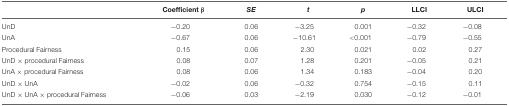
<table><thead><tr><td></td><td><b>Coefficient β</b></td><td><b><i>SE</i></b></td><td><b><i>t</i></b></td><td><b><i>p</i></b></td><td><b>LLCI</b></td><td><b>ULCI</b></td></tr></thead><tbody><tr><td>UnD</td><td>-0.20</td><td>0.06</td><td>-3.25</td><td>0.001</td><td>-0.32</td><td>-0.08</td></tr><tr><td>UnA</td><td>-0.67</td><td>0.06</td><td>-10.61</td><td>&lt;0.001</td><td>-0.79</td><td>-0.55</td></tr><tr><td>Procedural Fairness</td><td>0.15</td><td>0.06</td><td>2.30</td><td>0.021</td><td>0.02</td><td>0.27</td></tr><tr><td>UnD × procedural Fairness</td><td>0.08</td><td>0.07</td><td>1.28</td><td>0.201</td><td>-0.05</td><td>0.21</td></tr><tr><td>UnA × procedural Fairness</td><td>0.08</td><td>0.06</td><td>1.34</td><td>0.183</td><td>-0.04</td><td>0.20</td></tr><tr><td>UnD × UnA</td><td>-0.02</td><td>0.06</td><td>-0.32</td><td>0.754</td><td>-0.15</td><td>0.11</td></tr><tr><td>UnD × UnA × procedural Fairness</td><td>-0.06</td><td>0.03</td><td>-2.19</td><td>0.030</td><td>-0.12</td><td>-0.01</td></tr></tbody></table>